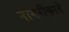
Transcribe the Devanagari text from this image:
नागरीकाने